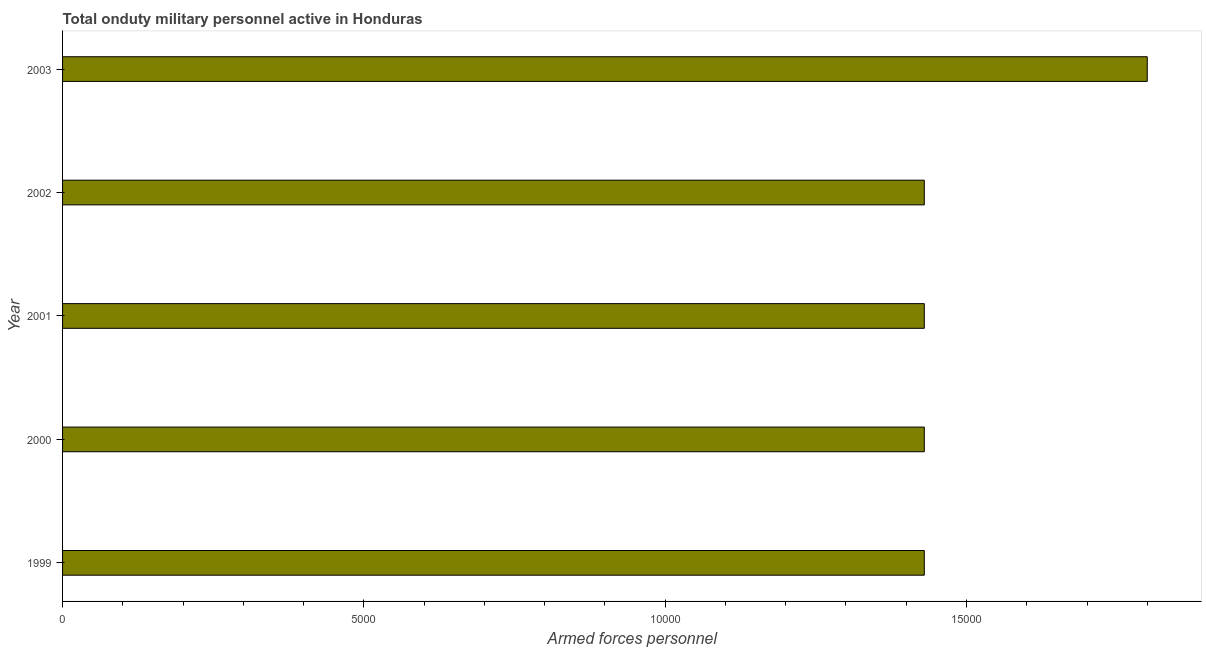
| Year | Armed forces personnel |
 | --- | --- |
 | 1999 | 1.43e+04 |
 | 2000 | 1.43e+04 |
 | 2001 | 1.43e+04 |
 | 2002 | 1.43e+04 |
 | 2003 | 1.8e+04 |